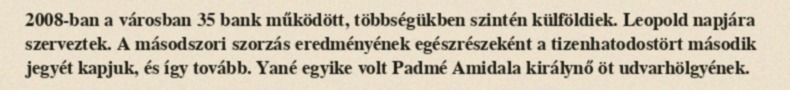
2008-ban a városban 35 bank működött, többségükben szintén külföldiek. Leopold napjára szerveztek. A másodszori szorzás eredményének egészrészeként a tizenhatodostört második jegyét kapjuk, és így tovább. Yané egyike volt Padmé Amidala királynő öt udvarhölgyének.